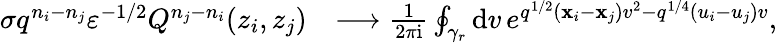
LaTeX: \begin{array}{rl}{\sigma q^{n_{i}-n_{j}}\varepsilon^{-1/2}Q^{n_{j}-n_{i}}(z_{i},z_{j})}&{\longrightarrow\frac{1}{2\pi\mathrm{i}}\oint_{\gamma_{r}}\mathrm{d}v\, e^{q^{1/2}(\mathbf{x}_{i}-\mathbf{x}_{j})v^{2}-q^{1/4}(u_{i}-u_{j})v},}\end{array}